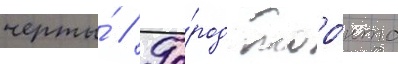
черты́ // Го́род торо́нто